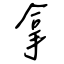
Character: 拿